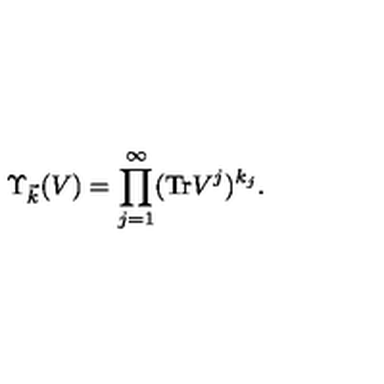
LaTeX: \Upsilon _ { \vec { k } } ( V ) = \prod _ { j = 1 } ^ { \infty } ( \mathrm { T r } V ^ { j } ) ^ { k _ { j } } .